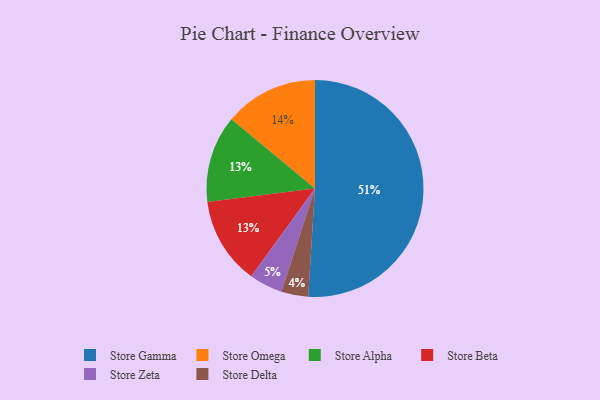
{"axis": {"x": "Category", "y": "Percentage"}, "legend": ["Store Alpha", "Store Beta", "Store Delta", "Store Gamma", "Store Omega", "Store Zeta"], "data": [{"x": "Store Zeta", "y": 5, "type": "Store Zeta"}, {"x": "Store Delta", "y": 4, "type": "Store Delta"}, {"x": "Store Alpha", "y": 13, "type": "Store Alpha"}, {"x": "Store Omega", "y": 14, "type": "Store Omega"}, {"x": "Store Beta", "y": 13, "type": "Store Beta"}, {"x": "Store Gamma", "y": 51, "type": "Store Gamma"}]}